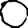
Digit: 0